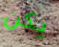
يكن